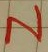
Text: N